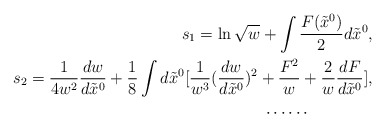
\begin{align*} s_1=\ln\sqrt{w}+\int\frac{F(\tilde{x}^0)}{2}d\tilde{x}^0,\\s_2=\frac{1}{4w^2}\frac{dw}{d\tilde{x}^0}+\frac{1}{8}\int d\tilde{x}^0[\frac{1}{w^3}(\frac{dw}{d\tilde{x}^0})^2+\frac{F^2}{w}+\frac{2}{w}\frac{dF}{d\tilde{x}^0}],\\\cdots\cdots\ \ \ \ \ \ \ \ \ \ \ \ \end{align*}